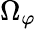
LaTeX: \Omega_{\varphi}